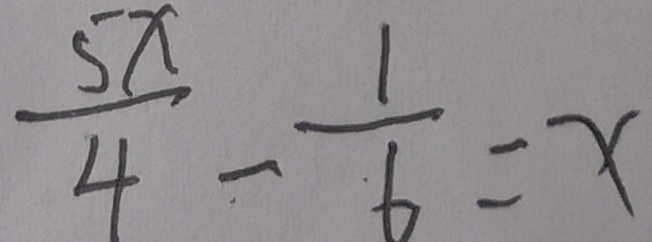
\frac { 5 x } { 4 } - \frac { 1 } { 6 } = x